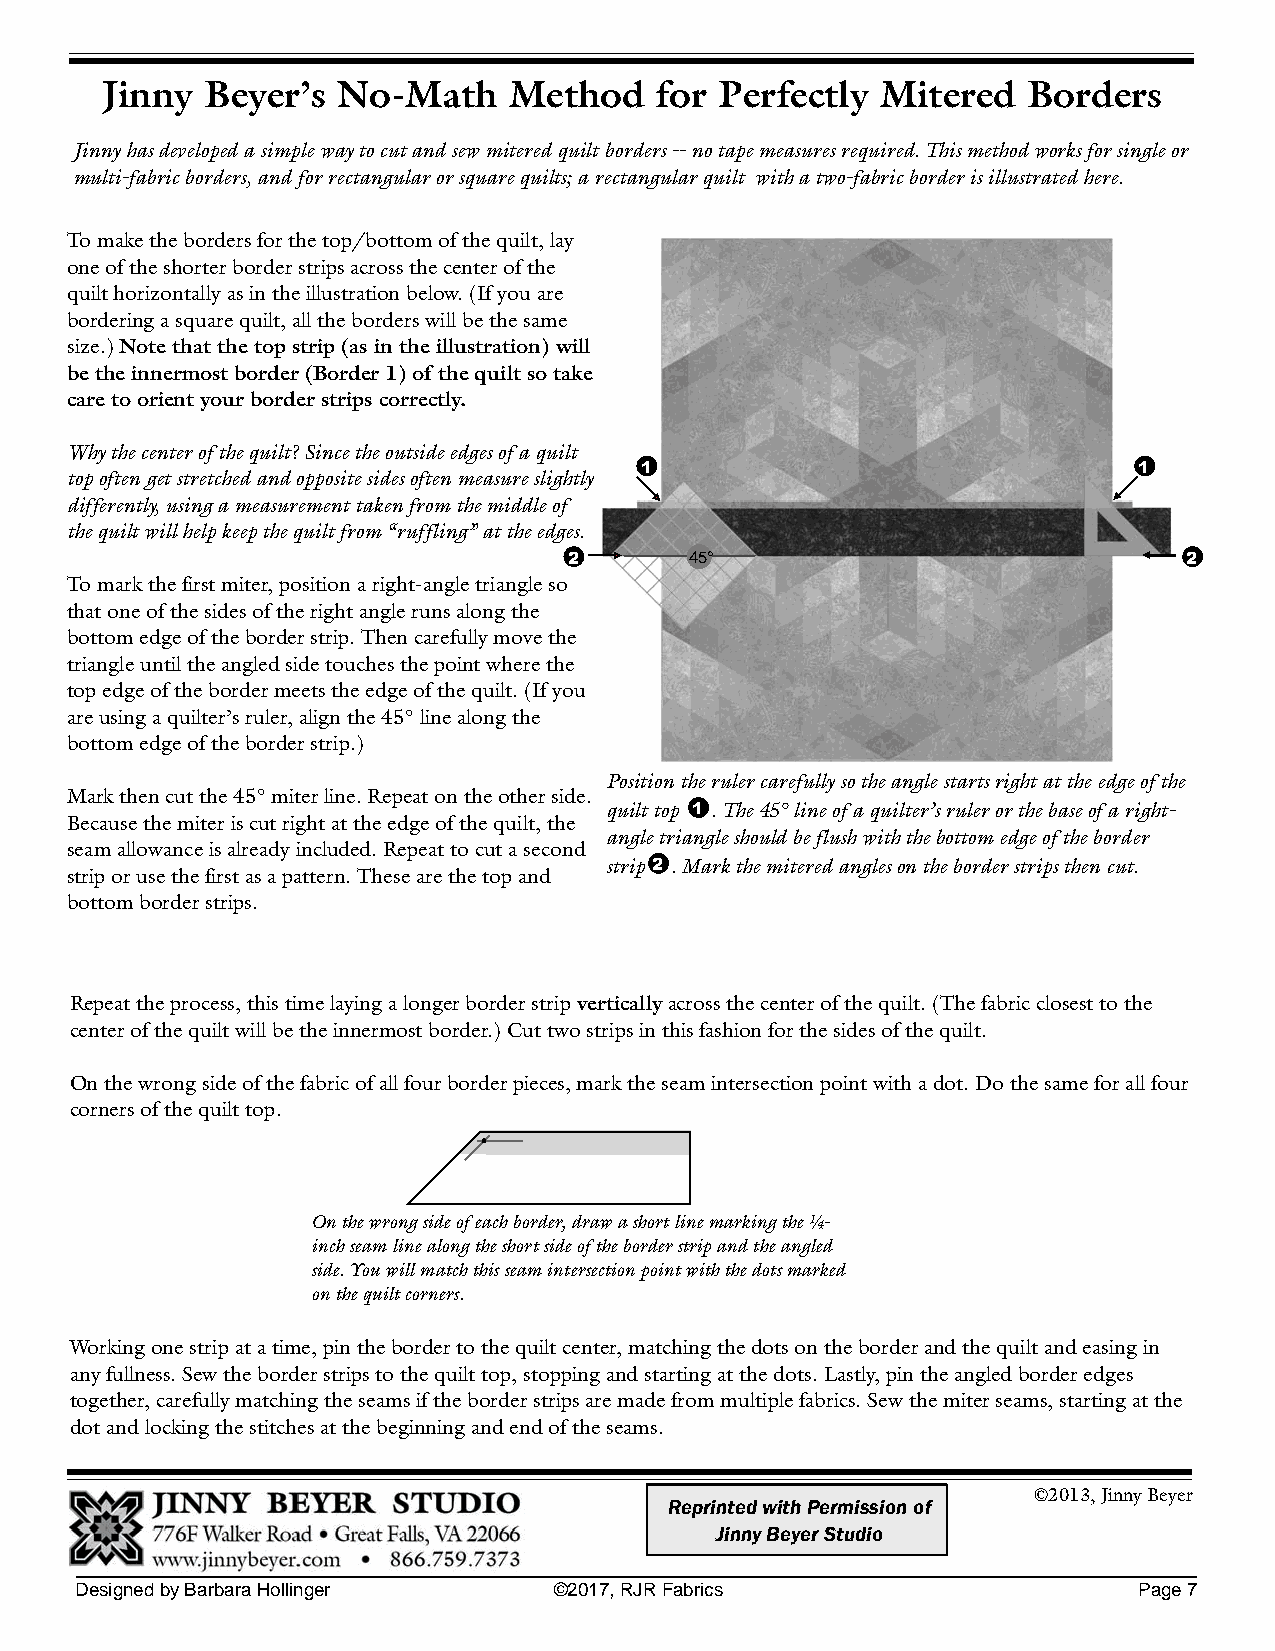
Jinny  Beyer’s No-Math     Method   for  Perfectly Mitered   Borders
 Jinnyhasdevelopedasimplewaytocutandsewmiteredquiltborders--notapemeasuresrequired.Thismethodworksforsingleor
 multi-fabricborders,andforrectangularorsquarequilts;arectangularquilt withatwo-fabricborderisillustratedhere.
 Tomakethebordersforthetop/bottomofthequilt,lay
 oneoftheshorterborderstripsacrossthecenterofthe
 quilthorizontallyasintheillustrationbelow.(Ifyouare
 borderingasquarequilt,alltheborderswillbethesame
 size.)Note that the top strip (as in the illustration) will
 be the innermost border (Border 1) of the quilt so take
 care to orient your border strips correctly.
 Whythecenterofthequilt?Sincetheoutsideedgesofaquilt
 1                                1
 topoftengetstretchedandoppositesidesoftenmeasureslightly
 differently,usingameasurementtakenfromthemiddleof
 thequiltwillhelpkeepthequiltfrom“ruffling”attheedges.
 2       45°                              2
 Tomarkthefirstmiter,positionaright-angletriangleso
 thatoneofthesidesoftherightanglerunsalongthe
 bottomedgeoftheborderstrip.Thencarefullymovethe
 triangleuntiltheangledsidetouchesthepointwherethe
 topedgeofthebordermeetstheedgeofthequilt.(Ifyou
 areusingaquilter’sruler,alignthe45°linealongthe
 bottomedgeoftheborderstrip.)
 Positiontherulercarefullysotheanglestartsrightattheedgeofthe
 Markthencutthe45°miterline.Repeatontheotherside.
 quilttop 1 .The45°lineofaquilter’srulerorthebaseofaright-
 Becausethemiteriscutrightattheedgeofthequilt,the
 angletriangleshouldbeflushwiththebottomedgeoftheborder
 seamallowanceisalreadyincluded.Repeattocutasecond
 strip 2 .Markthemiteredanglesontheborderstripsthencut.
 striporusethefirstasapattern.Thesearethetopand
 bottomborderstrips.
 Repeattheprocess,thistimelayingalongerborderstripverticallyacrossthecenterofthequilt.(Thefabricclosesttothe
 centerofthequiltwillbetheinnermostborder.)Cuttwostripsinthisfashionforthesidesofthequilt.
 Onthewrongsideofthefabricofallfourborderpieces,marktheseamintersectionpointwithadot.Dothesameforallfour
 cornersofthequilttop.
 Onthewrongsideofeachborder,drawashortlinemarkingthe¼-
 inchseamlinealongtheshortsideoftheborderstripandtheangled
 side.Youwillmatchthisseamintersectionpointwiththedotsmarked
 onthequiltcorners.
 Workingonestripatatime,pinthebordertothequiltcenter,matchingthedotsontheborderandthequiltandeasingin
 anyfullness.Sewtheborderstripstothequilttop,stoppingandstartingatthedots.Lastly,pintheangledborderedges
 together,carefullymatchingtheseamsiftheborderstripsaremadefrommultiplefabrics.Sewthemiterseams,startingatthe
 dotandlockingthestitchesatthebeginningandendoftheseams.
 ©2013,JinnyBeyer
 ReprintedwithPermissionof
 JinnyBeyerStudio
 DesignedbyBarbaraHollinger      ©2017,RJRFabrics                      Page7